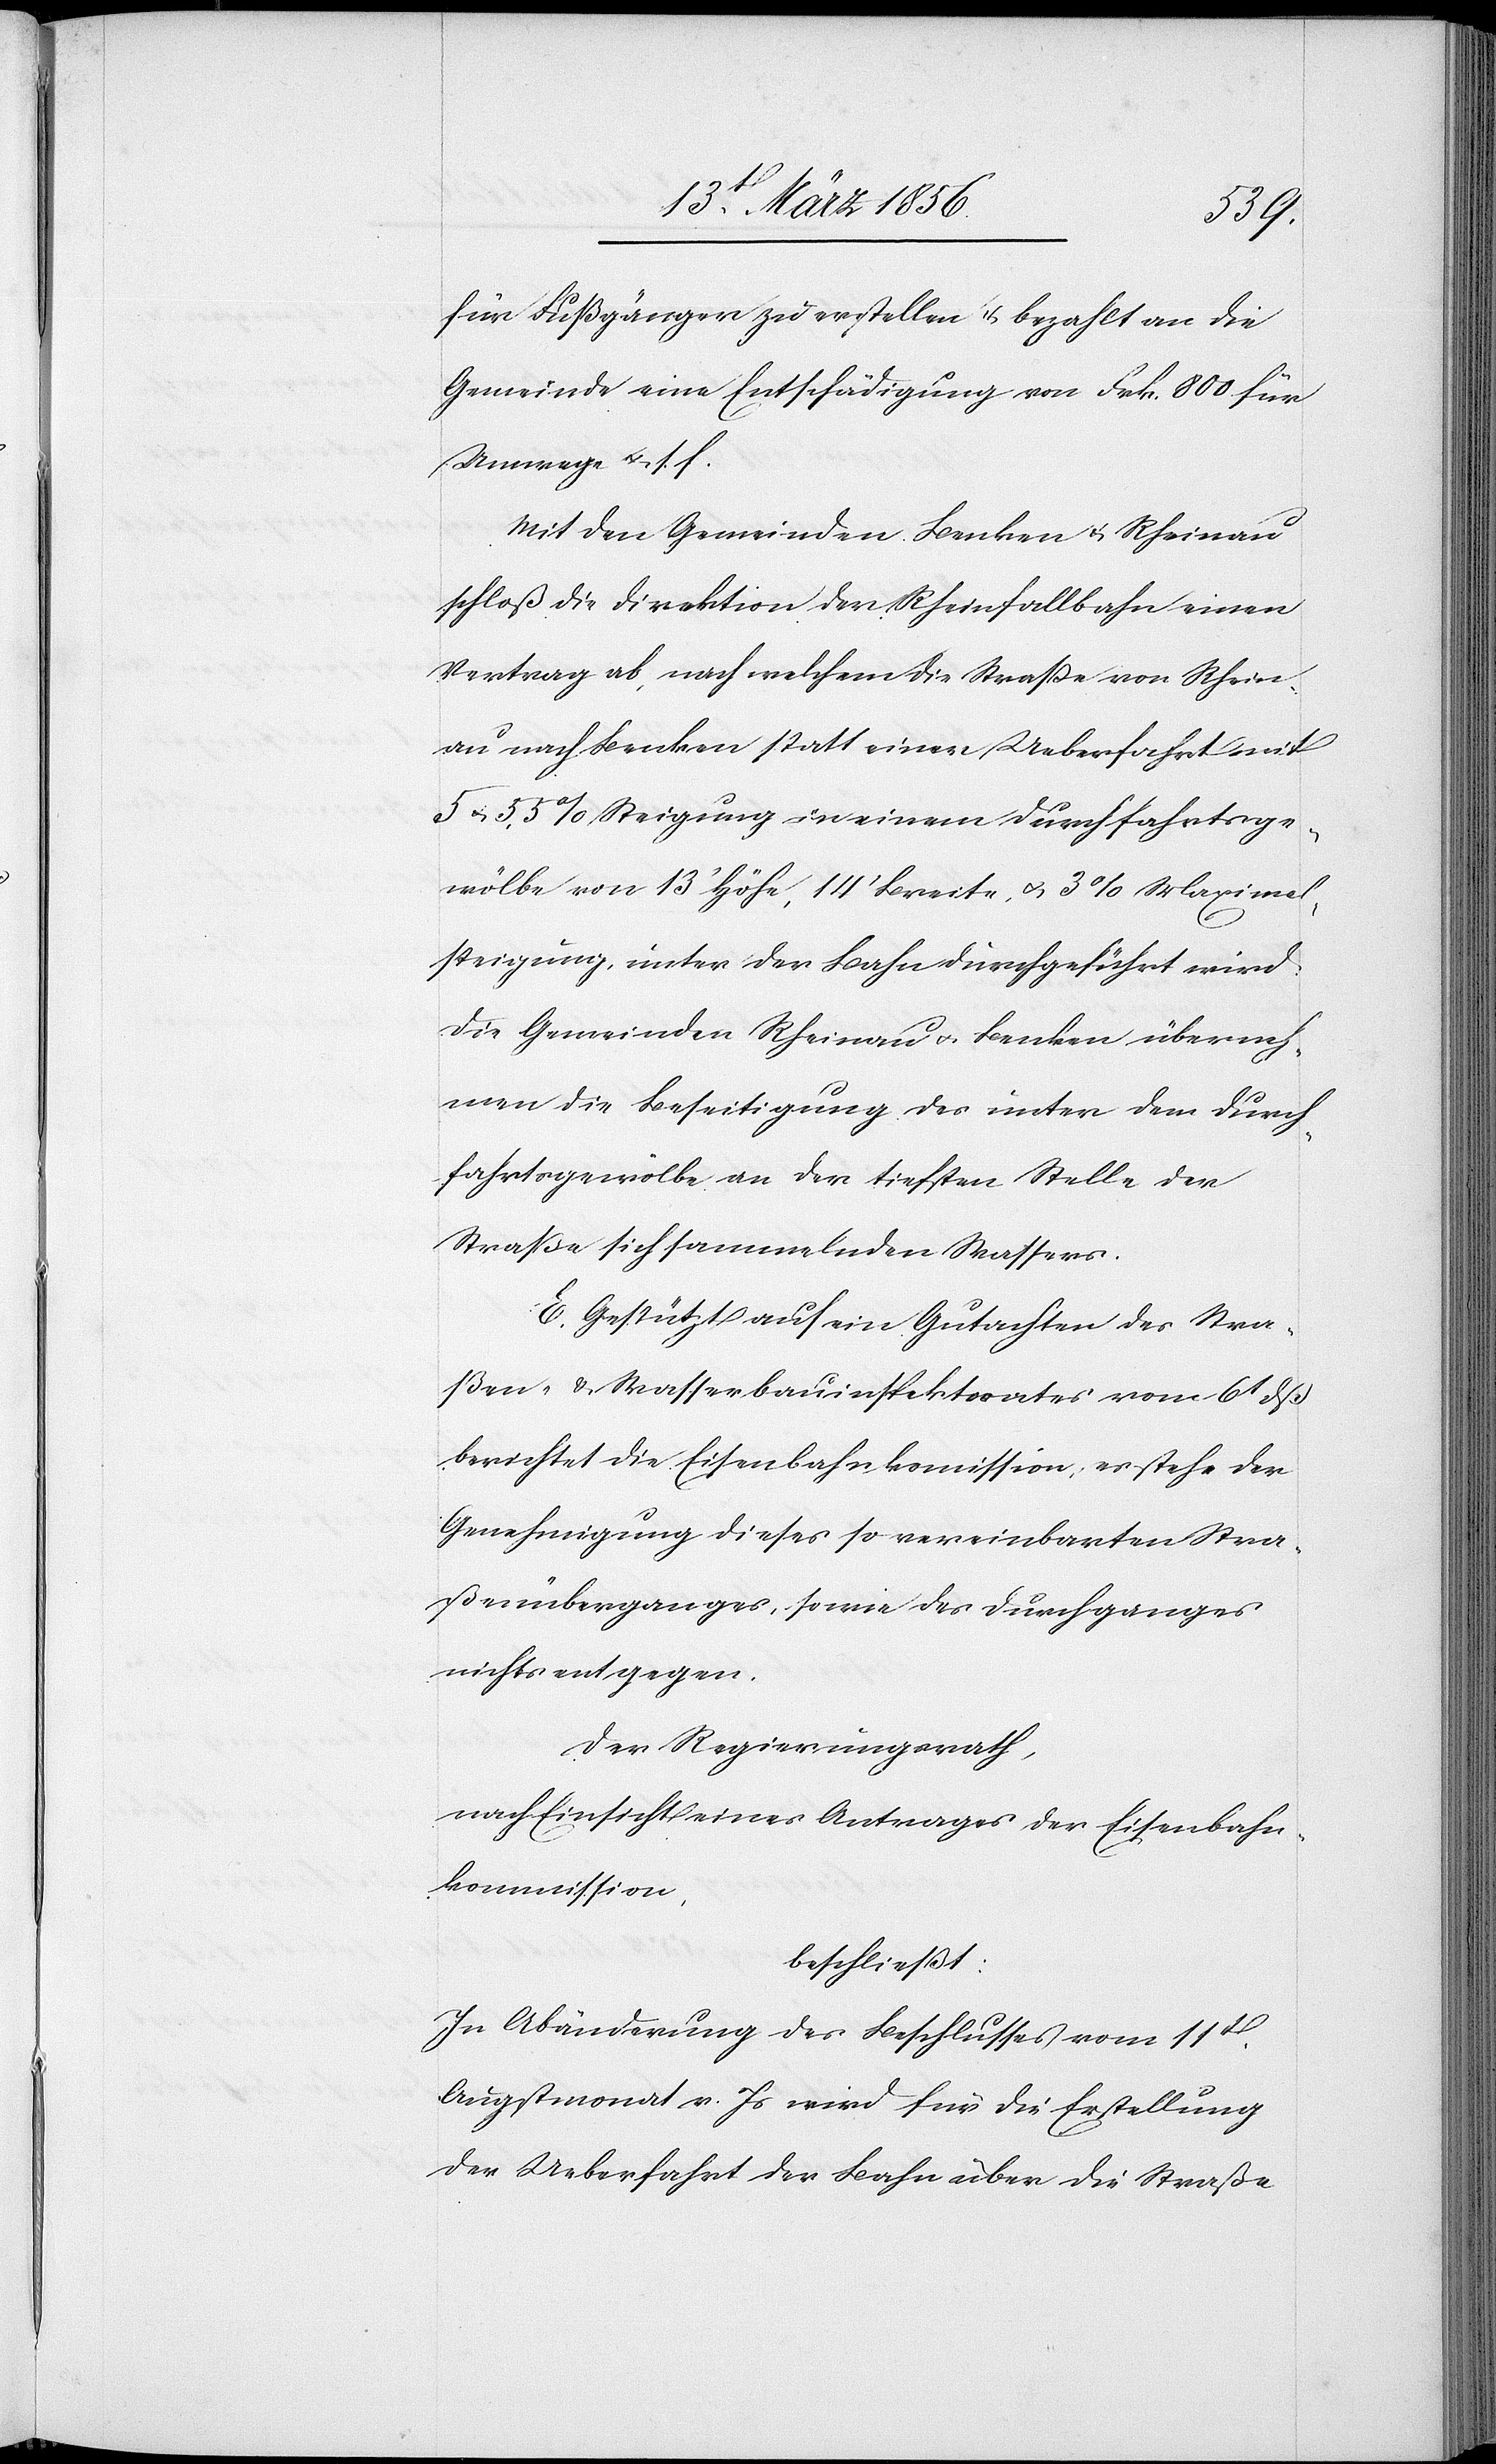
für Fußgänger zu erstellen & bezahlt an die
Gemeinde eine Entschädigung von Frk. 800 für
Umwege u. s. f.
Mit den Gemeinden Benken & Rheinau
schloß die Direktion der Rheinfallbahn einen
Vertrag ab, nach welchem die Straße von Rhein¬
au nach Benken statt einer Ueberfahrt mit
5 u. 5,5% Steigung in einem Durchfahrtsge¬
wölbe von 13’ Höhe, 14’ Breite, u. 3% Maximal¬
steigung, unter der Bahn durchgeführt wird.
Die Gemeinden Rheinau u. Benken überneh¬
men die Beseitigung des unter dem Durch¬
fahrtsgewölbe an der tiefsten Stelle der
Straße sich sammelnden Wassers.
E. Gestützt auf ein Gutachten des Stra¬
ßen- & Wasserbauinspektorates vom 6t dß
berichtet die Eisenbahnkomission, es stehe der
Genehmigung dieses so vereinbarten Stra¬
ßenüberganges, sowie des Durchganges
nichts entgegen.
Der Regierungsrath,
nach Einsicht eines Antrages der Eisenbahn¬
kommission,
beschließt:
In Abänderung des Beschlusses vom 11t.
Augstmonat v. Js wird für die Erstellung
der Ueberfahrt der Bahn über die Straße